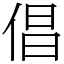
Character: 倡